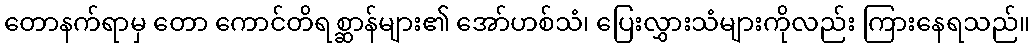
တောနက်ရာမှ တော ကောင်တိရစ္ဆာန်များ၏ အော်ဟစ်သံ၊ ပြေးလွှားသံများကိုလည်း ကြားနေရသည်။